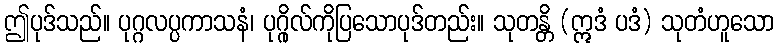
ဤပုဒ်သည်။ ပုဂ္ဂလပ္ပကာသနံ၊ ပုဂ္ဂိုလ်ကိုပြသောပုဒ်တည်း။ သုတန္တိ (ဣဒံ ပဒံ) သုတံဟူသော